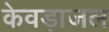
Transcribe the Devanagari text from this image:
केवड़ाजल